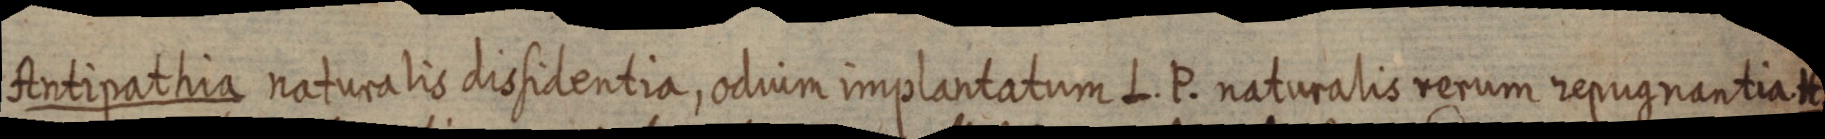
Antipathia naturalis dissidentia, oduim implantatum L. P. naturalis rerum repugnantia. H